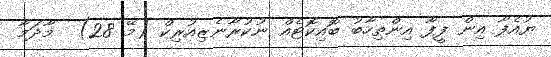
ޔުއެފާ އިން ފީފާ އިންތިހާބު ބޮއިކޮޓެއް ނުކުރާނެޒިއުރިކް (މޭ 28)  މާދަމާ